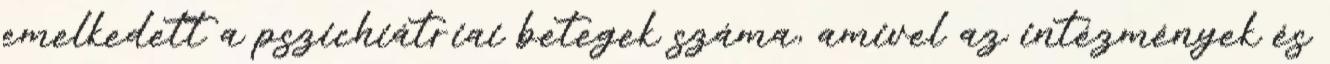
emelkedett a pszichiátriai betegek száma, amivel az intézmények és